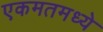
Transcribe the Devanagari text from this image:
एकमतमध्ये